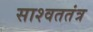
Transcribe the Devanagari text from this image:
साश्वततंत्र